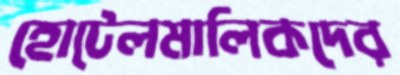
হোটেলমালিকদের